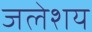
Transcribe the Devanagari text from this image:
जलेशय